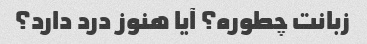
زبانت چطوره؟ آیا هنوز درد دارد؟